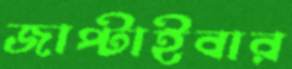
জাপ্‌টাইবার